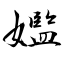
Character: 㜮